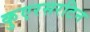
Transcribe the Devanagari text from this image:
कुएरसरटिन